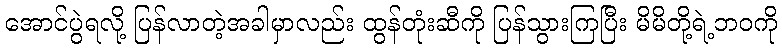
အောင်ပွဲရလို့ ပြန်လာတဲ့အခါမှာလည်း ထွန်တုံးဆီကို ပြန်သွားကြပြီး မိမိတို့ရဲ့ဘဝကို